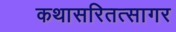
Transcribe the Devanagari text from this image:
कथासरितत्सागर